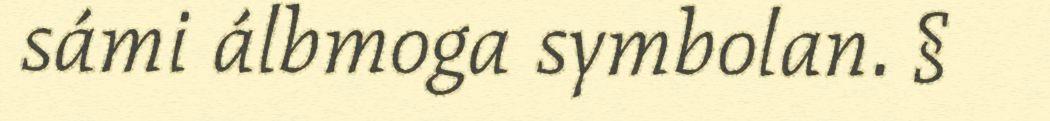
sámi álbmoga symbolan. §